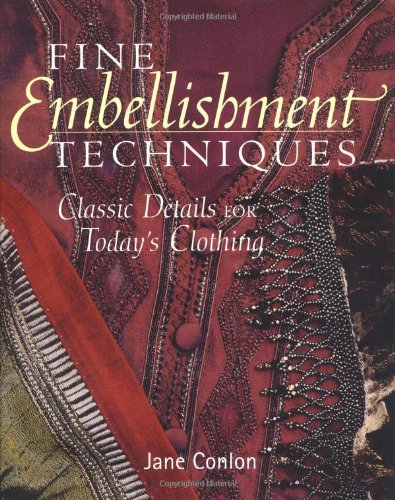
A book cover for Fine Embellishment Techniques: Classic Details For Today's Clothing; Jane Conlon; Crafts, Hobbies & Home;